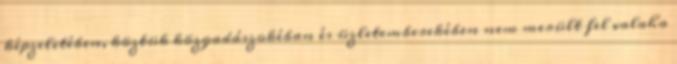
képzeletében, köztük közgadászokéban és üzletemberekében nem merült fel valaha